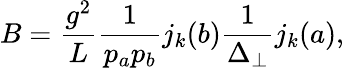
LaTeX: B=\frac{g^{2}}{L}\frac{1}{p_{a}p_{b}}j_{k}(b)\frac{1}{\Delta_{\perp}}j_{k}(a),